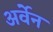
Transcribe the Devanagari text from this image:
अर्वेन